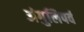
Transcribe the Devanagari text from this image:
अंगुलिपर्व